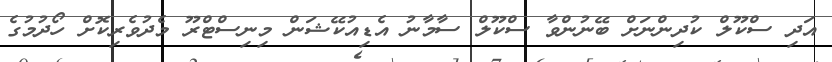
އަދި ސްކޫލް ކުދިންނަށް ބޭނުންވާ ސްކޫލް ސާމާނު އެޑިއުކޭޝަން މިނިސްޓްރޫ މެދުވެރިކޮށް ހޯދުމުގެ